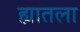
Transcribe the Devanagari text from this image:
ह्यातला